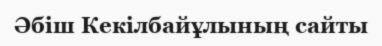
Әбіш Кекілбайұлының сайты